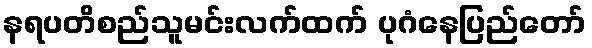
နရပတိစည်သူမင်းလက်ထက် ပုဂံနေပြည်တော်